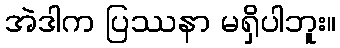
အဲဒါက ပြဿနာ မရှိပါဘူး။